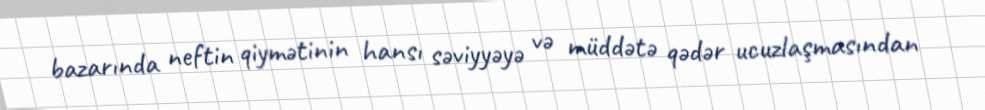
bazarında neftin qiymətinin hansı səviyyəyə və müddətə qədər ucuzlaşmasından